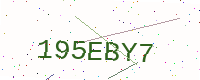
Text: 195EBY7